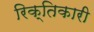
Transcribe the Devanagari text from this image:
रिक्तिकारी